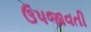
ઉપજાવતી